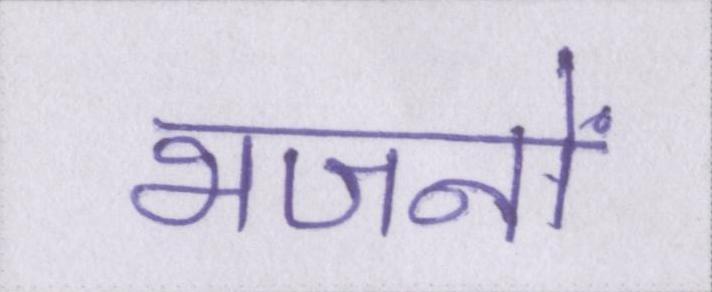
भजनों